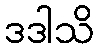
ဒဒါသိ